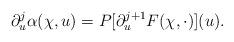
LaTeX: \begin{align*}\partial^j_u \alpha(\chi,u) = P[\partial^{j+1}_u F(\chi,\cdot)](u).\end{align*}